Civil Veterinary Department. Madras. Admin. report 1910-25 - 1910-1925
Year: 1910
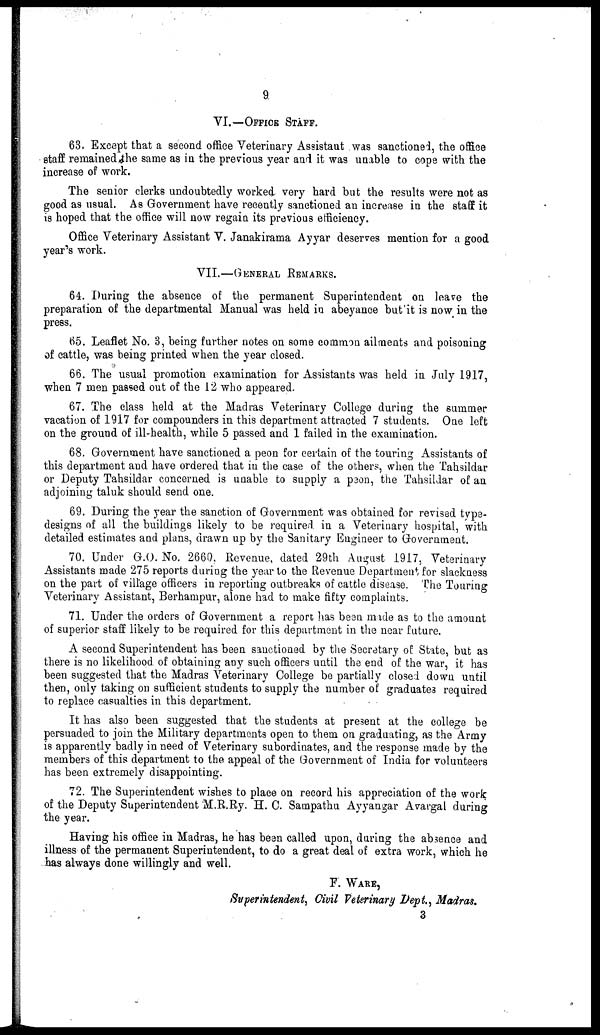
9
VI.—OFFICE STAFF.
63. Except that a second office Veterinary Assistant was sanctioned, the office
staff remained the same as in the previous year and it was unable to cope with the
increase of work.
The senior clerks undoubtedly worked very hard but the results were not as
good as usual. As Government have recently sanctioned an increase in the staff it
is hoped that the office will now regain its previous efficiency.
Office Veterinary Assistant V. Janakirama Ayyar deserves mention for a good
year's work.
VII.—GENERAL REMARKS.
64. During the absence of the permanent Superintendent on leave the
preparation of the departmental Manual was held in abeyance but it is now in the
press.
65. Leaflet No. 3, being further notes on some common ailments and poisoning
of cattle, was being printed when the year closed.
66. The usual promotion examination for Assistants was held in July 1917,
when 7 men passed out of the 12 who appeared.
67. The class held at the Madras Veterinary College during the summer
vacation of 1917 for compounders in this department attracted 7 students. One left
on the ground of ill-health, while 5 passed and 1 failed in the examination.
68. Government have sanctioned a peon for certain of the touring Assistants of
this department and have ordered that in the case of the others, when the Tahsildar
or Deputy Tahsildar concerned is unable to supply a p3on, the Tahsildar of an
adjoining taluk should send one.
69. During the year the sanction of Government was obtained for revised type-
designs of all the buildings likely to be required in a Veterinary hospital, with
detailed estimates and plans, drawn up by the Sanitary Engineer to Government.
70. Under G.O. No. 2660, Revenue, dated 29th August 1917, Veterinary
Assistants made 275 reports during the year to the Revenue Department for slackness
on the part of village officers in reporting outbreaks of cattle disease. The Touring
Veterinary Assistant, Berhampur, alone had to make fifty complaints.
71. Under the orders of Government a report has been made as to the amount
of superior staff likely to be required for this department in the near future.
A second Superintendent has been sanctioned by the Secretary of State, but as
there is no likelihood of obtaining any such officers until the end of the war, it has
been suggested that the Madras Veterinary College be partially closed down until
then, only taking on sufficient students to supply the number of graduates required
to replace casualties in this department.
It has also been suggested that the students at present at the college be
persuaded to join the Military departments open to them on graduating, as the Army
is apparently badly in need of Veterinary subordinates, and the response made by the
members of this department to the appeal of the Government of India for volunteers
has been extremely disappointing.
72. The Superintendent wishes to place on record his appreciation of the work
of the Deputy Superintendent M.R.Ry. H. C. Sampathu Ayyangar Avargal during
the year.
Having his office in Madras, he has bean called upon, during the absence and
illness of the permanent Superintendent, to do a great deal of extra work, which he
has always done willingly and well.
F. WARE,
Superintendent, Civil Veterinary Dept., Madras.
3